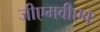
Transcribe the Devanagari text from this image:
जीएमवीएवः